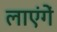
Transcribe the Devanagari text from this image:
लाएंगें